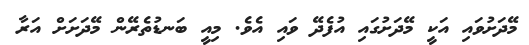
މޭދަށުވައި އަކީ މޭދަށުގައި އުފެދޭ ވައި އެވެ. މިއީ ބަނޑުތެރޭން މޭދަށަށް އަރާ